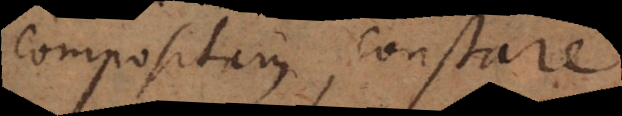
compositam, constare